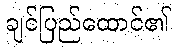
ချင်ပြည်ထောင်၏